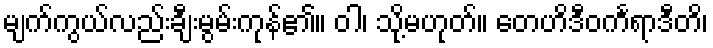
မျက်ကွယ်လည်းချီးမွမ်းကုန်၏။ ဝါ၊ သို့မဟုတ်။ တေဟိဒီဝင်္ကရာဒီတိ၊